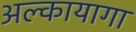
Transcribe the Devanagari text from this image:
अल्कायागा